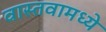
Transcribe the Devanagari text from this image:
वास्तवामध्ये